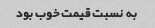
به نسبت قیمت خوب بود